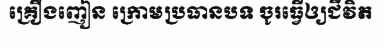
គ្រឿងញៀន ក្រោមប្រធានបទ ចូរធ្វើឲ្យជីវិត